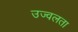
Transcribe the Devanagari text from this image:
उज्वलता